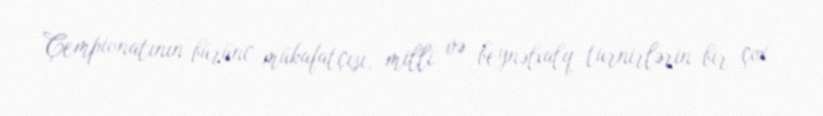
Çempionatının bürünc mükafatçısı, milli və beynəlxalq turnirlərin bir çox